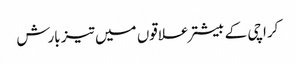
کراچی کے بیشتر علاقوں میں تیز بارش